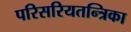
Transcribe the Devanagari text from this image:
परिसरियतन्त्रिका